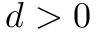
d > 0